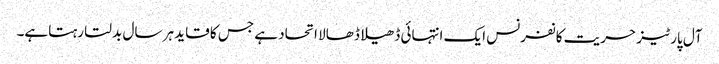
آل پارٹیز حریت کانفرنس ایک انتہائی ڈھیلا ڈھالا اتحاد ہے جس کا قاید ہر سال بدلتا رہتاہے۔